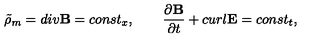
\tilde { \rho } _ { m } = d i v { \bf B } = c o n s t _ { x } , \qquad { \frac { \partial { \bf B } } { \partial t } } + c u r l { \bf E } = c o n s t _ { t } ,